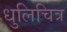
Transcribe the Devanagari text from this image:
धुलिचित्र